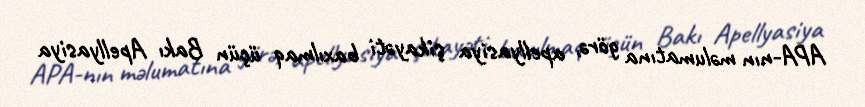
APA-nın məlumatına görə, apellyasiya şikayəti baxılmaq üçün Bakı Apellyasiya